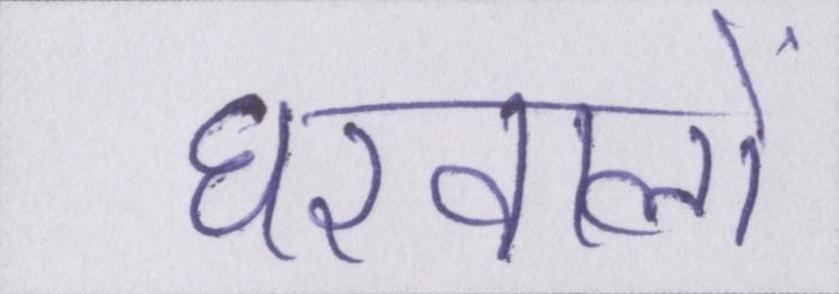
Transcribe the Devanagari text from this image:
घरवालों